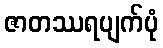
ဇာတဿရပျက်ပုံ